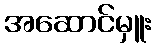
အဆောင်မှူး